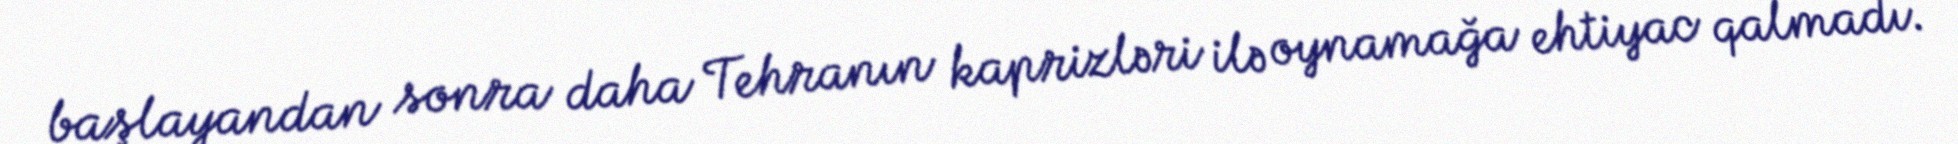
başlayandan sonra daha Tehranın kaprizləri ilə oynamağa ehtiyac qalmadı.